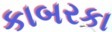
કાબરકા